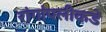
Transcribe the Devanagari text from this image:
रांगांपलीकडे